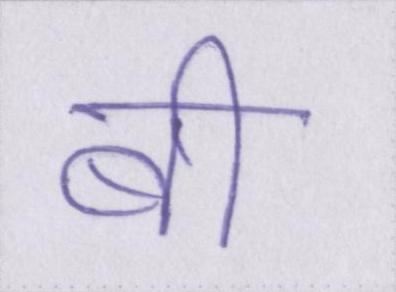
बी